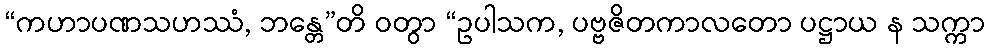
“ကဟာပဏသဟဿံ, ဘန္တေ”တိ ဝတွာ “ဥပါသက, ပဗ္ဗဇိတကာလတော ပဋ္ဌာယ န သက္ကာ